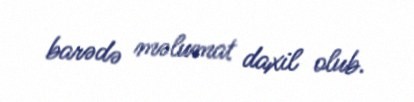
barədə məlumat daxil olub.